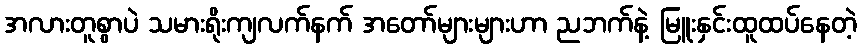
အလားတူစွာပဲ သမားရိုးကျလက်နက် အတော်များများဟာ ညဘက်နဲ့ မြူးနှင်းထူထပ်နေတဲ့